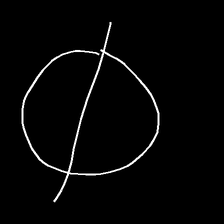
Glyph: orb